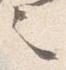
之